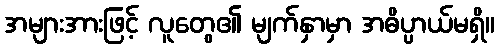
အများအားဖြင့် လူတွေ၏ မျက်နှာမှာ အဓိပ္ပာယ်မရှိ။